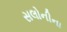
સલોનીના